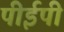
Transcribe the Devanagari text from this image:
पीईपी